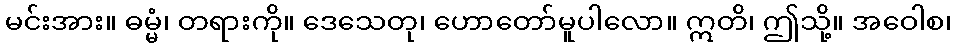
မင်းအား။ ဓမ္မံ၊ တရားကို။ ဒေသေတု၊ ဟောတော်မူပါလော။ ဣတိ၊ ဤသို့။ အဝေါစ၊